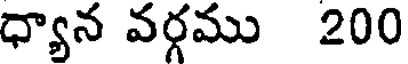
ధ్యాన వర్గము 200